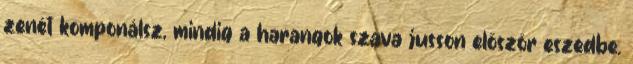
zenét komponálsz, mindig a harangok szava jusson először eszedbe.